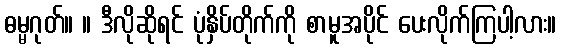
ဓမ္မဂုတ်။ ။ ဒီလိုဆိုရင် ပုံနှိပ်တိုက်ကို စာမူအပိုင် ပေးလိုက်ကြပါ့လား။